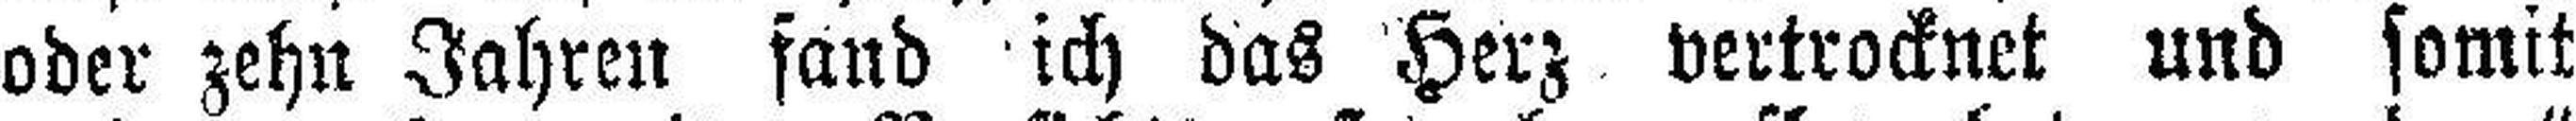
oder zehn Jahren fand ich das Herz vertrocknet und somit